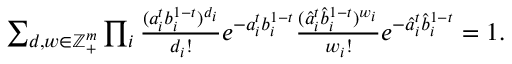
\begin{array} { r } { \sum _ { d , w \in \mathbb { Z } _ { + } ^ { m } } \prod _ { i } \frac { ( a _ { i } ^ { t } b _ { i } ^ { 1 - t } ) ^ { d _ { i } } } { d _ { i } ! } e ^ { - a _ { i } ^ { t } b _ { i } ^ { 1 - t } } \frac { ( \hat { a } _ { i } ^ { t } \hat { b } _ { i } ^ { 1 - t } ) ^ { w _ { i } } } { w _ { i } ! } e ^ { - \hat { a } _ { i } ^ { t } \hat { b } _ { i } ^ { 1 - t } } = 1 . } \end{array}